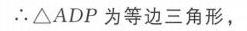
\(\therefore\triangle ADP\) 为等边三角形，